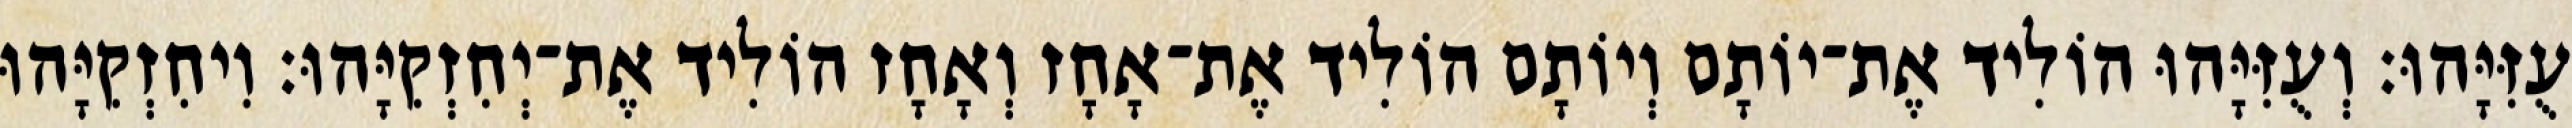
עֻזִּיָּהוּ׃ וְעֻזִּיָּהוּ הוֹלִיד אֶת־יוֹתָם וְיוֹתָם הוֹלִיד אֶת־אָחָז וְאָחָז הוֹלִיד אֶת־יְחִזְקִיָּהוּ׃ וִיחִזְקִיָּהוּ